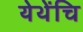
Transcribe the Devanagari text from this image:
येथेंचि